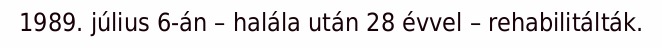
1989. július 6-án – halála után 28 évvel – rehabilitálták.